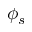
\phi _ { s }